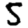
Digit: 5